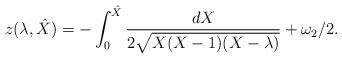
LaTeX: \begin{align*}z(\lambda, \hat{X}) = -\int_0^{\hat{X}}\frac{dX}{2\sqrt{X(X-1)(X-\lambda)}} +\omega_2/2.\end{align*}